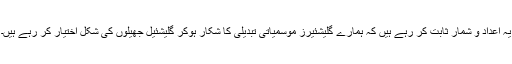
یہ اعداد و شمار ثابت کر رہے ہیں کہ ہمارے گلیشئیرز موسمیاتی تبدیلی کا شکار ہوکر گلیشئیل جھیلوں کی شکل اختیار کر رہے ہیں۔